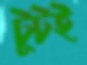
টুটই